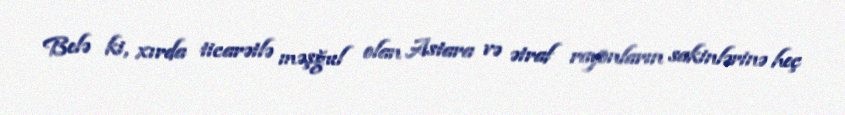
Belə ki, xırda ticarətlə məşğul olan Astara və ətraf rayonların sakinlərinə heç